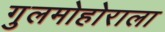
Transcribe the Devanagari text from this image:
गुलमोहोराला